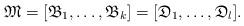
LaTeX: \begin{align*}\mathfrak{M} = [\mathfrak{B}_{1}, \dots, \mathfrak{B}_{k}] = [\mathfrak{D}_{1}, \dots, \mathfrak{D}_{l}].\end{align*}